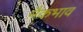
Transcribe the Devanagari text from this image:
नैकभाव